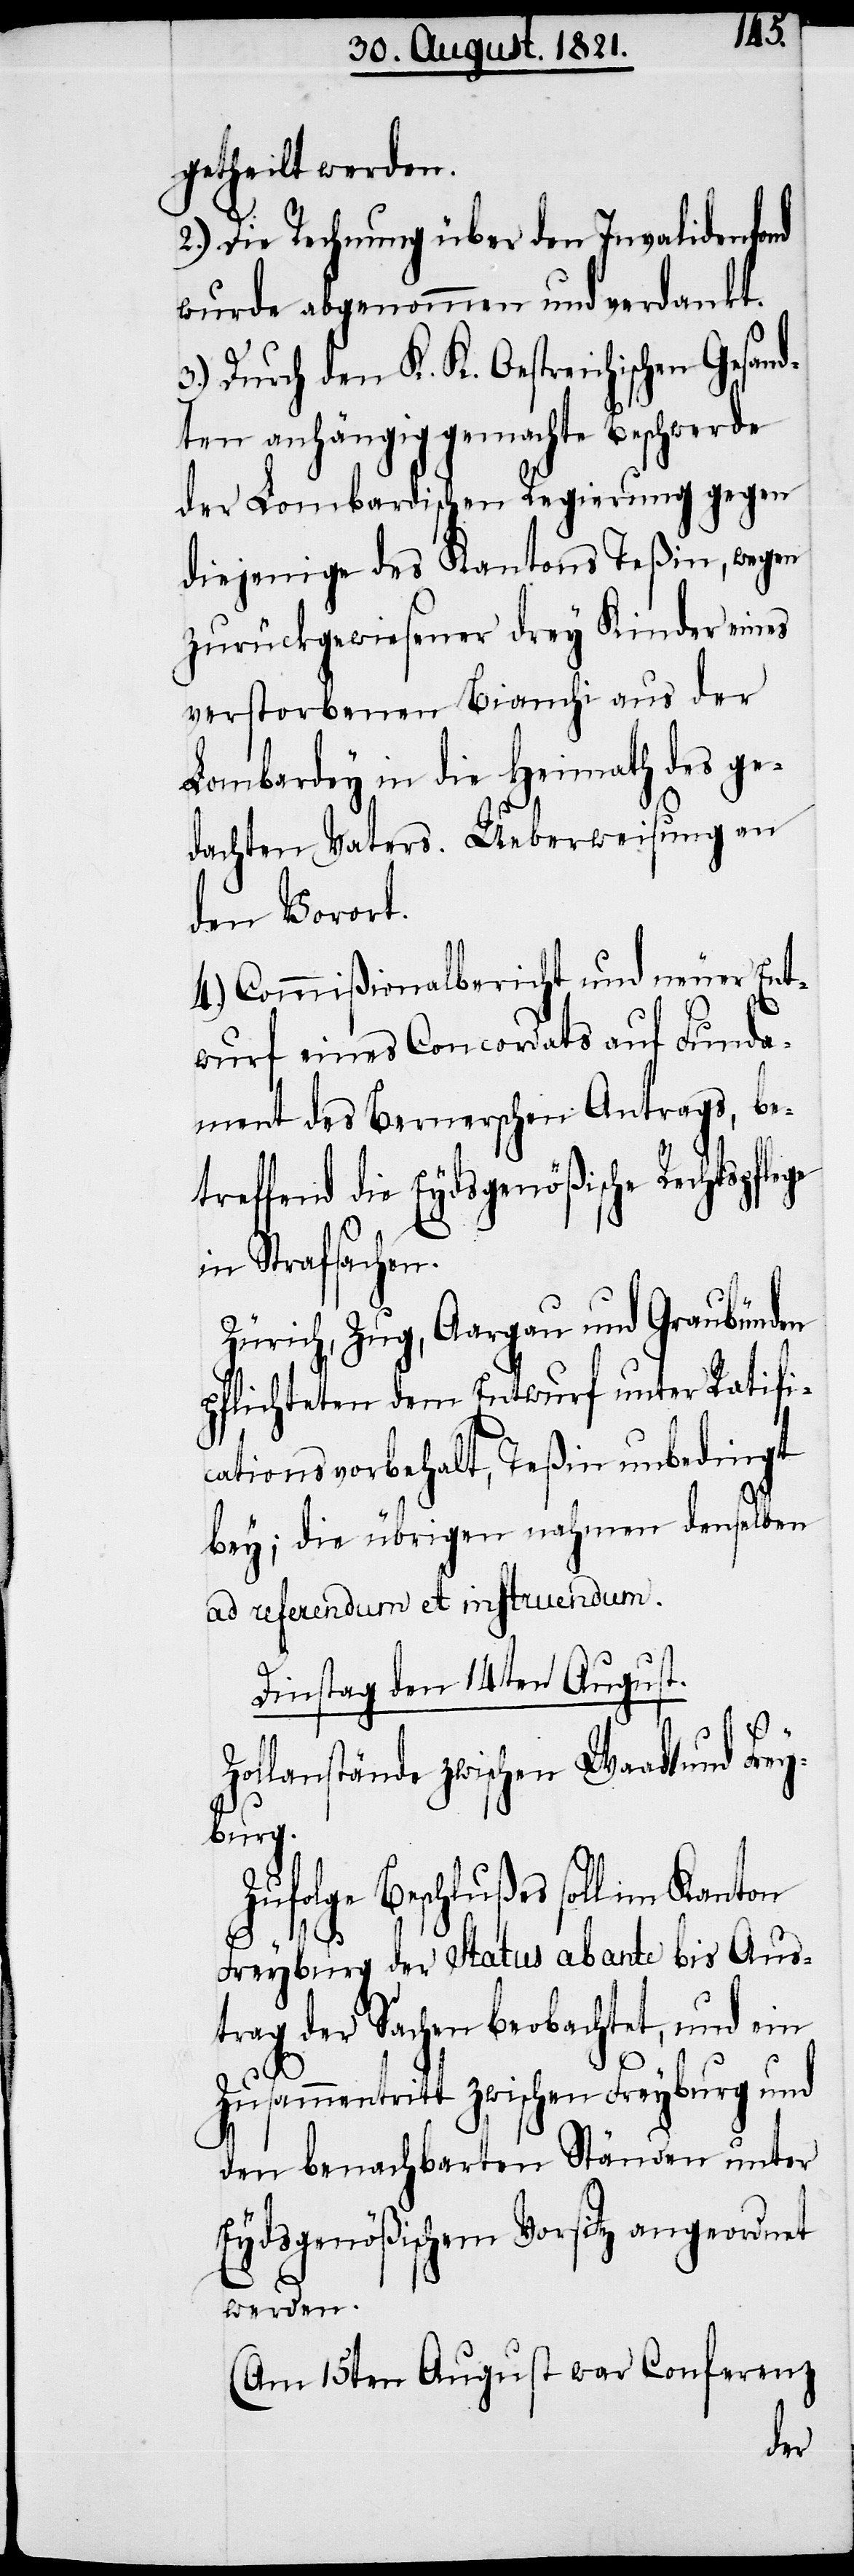
Z¬
getheilt werden.
2.) Die Rechnung über den Invalidenfond
wurde abgenommen und verdankt.
3.) Durch den K. K. Oestreichischen Gesand¬
ten anhängig gemachte Beschwerde
der Lombardischen Regierung gegen
diejenige des Kantons Teßin, wegen
zurückgewiesener drey Kinder eines
verstorbenen Bianchi aus der
Lombardey in die Heimath des ge¬
dachten Vaters. Ueberweisung an
den Vorort.
4.) Commißionalbericht und neuer Ent¬
wurf eines Concordats auf Funda¬
ment des Bernerschen Antrags, be¬
treffend die Eydsgenößische Rechtspfle¬
in Strafsachen.
Zürich, Zug, Aargau und Graubünden
pflichteten dem Entwurf unter Ratifi¬
cationsvorbehalt, Teßin unbedingt
bey; die übrigen nahmen denselben
ad referendum et instruendum.
Dinstag den 14ten August.
ollanstände zwischen Waadt und Frey¬
burg.
Zufolge Beschlußes soll im Kanton
Freyburg der Status ab ante bis Aus¬
trag der Sachen beobachtet, und ein
Zusammentritt zwischen Freyburg und
den benachbarten Ständen unter
Eydsgenößischem Vorsitz angeordnet
werden.
(Am 15ten August war Conferenz
ge